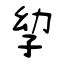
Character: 孧